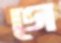
গে